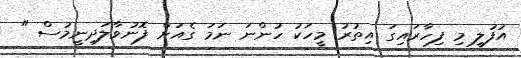
އުފުލީ މި ފިހާރައިގަ އިތުރު މީހަކު ހުންނަ ނަމަ ގެއަށް ފޮނުވާލަދިނީމުސް "